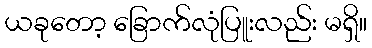
ယခုတော့ ခြောက်လုံပြူးလည်း မရှိ။